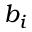
b _ { i }